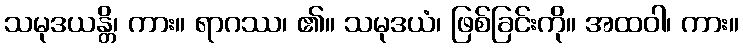
သမုဒယန္တိ၊ ကား။ ရာဂဿ၊ ၏။ သမုဒယံ၊ ဖြစ်ခြင်းကို။ အထဝါ၊ ကား။